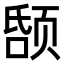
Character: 𬱤